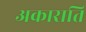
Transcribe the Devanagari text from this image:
अकाराति